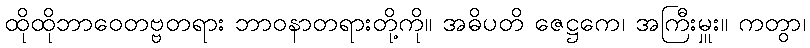
ထိုထိုဘာဝေတဗ္ဗတရား ဘာဝနာတရားတို့ကို။ အဓိပတိ ဇေဋ္ဌကေ၊ အကြီးမှူး။ ကတွာ၊